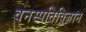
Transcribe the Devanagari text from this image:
वनस्‍पतिविज्ञान